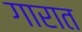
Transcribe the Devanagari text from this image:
गारात